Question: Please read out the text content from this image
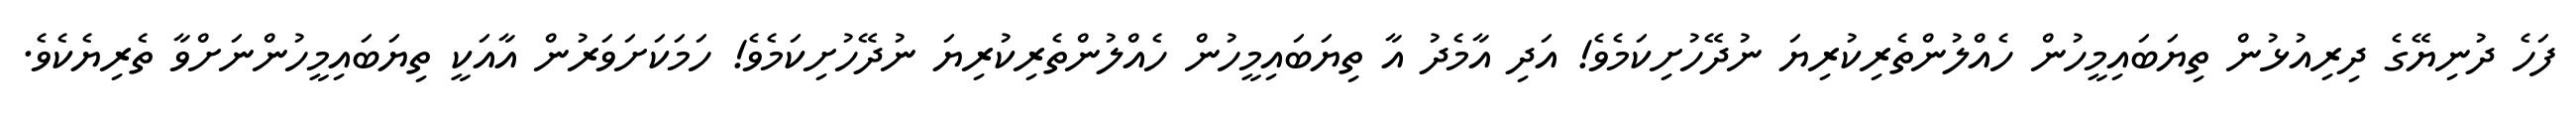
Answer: ފަހެ ދުނިޔޭގެ ދިރިއުޅުން ތިޔަބައިމީހުން ހެއްލުންތެރިކުރިޔަ ނުދޭހުށިކަމެވެ! އަދި އާމެދު އާ ތިޔަބައިމީހުން ހެއްލުންތެރިކުރިޔަ ނުދޭހުށިކަމެވެ! ހަމަކަށަވަރުން އާއަކީ ތިޔަބައިމީހުންނަށްވާ ތެރިޔެކެވެ.